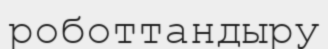
роботтандыру